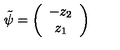
\tilde { \psi } = \left( \begin{array} { c } { - z _ { 2 } } \\ { z _ { 1 } } \\ \end{array} \right)